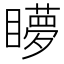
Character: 𥌋